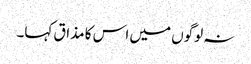
نہ لوگوں میں اس کا مذاق کہا۔